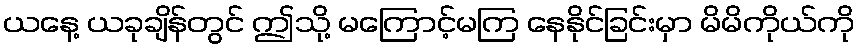
ယနေ့ ယခုချိန်တွင် ဤသို့ မကြောင့်မကြ နေနိုင်ခြင်းမှာ မိမိကိုယ်ကို